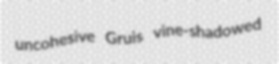
uncohesive Gruis vine-shadowed